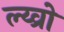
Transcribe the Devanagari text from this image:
ल्य्व्रो